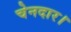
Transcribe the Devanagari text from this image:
चेनदार।